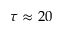
\tau \approx 2 0